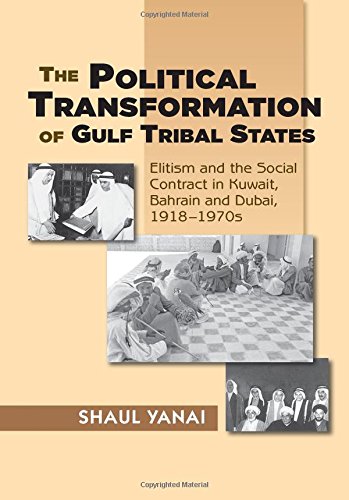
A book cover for The Political Transformation of Gulf Tribal States: Elitism and the Social Contract in Kuwait, Bahrain and Dubai, 1918EE1970s; Shaul Yanai; History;